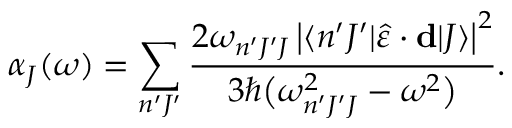
\alpha _ { J } ( \omega ) = \sum _ { n ^ { \prime } J ^ { \prime } } \frac { 2 \omega _ { n ^ { \prime } J ^ { \prime } J } \left| \langle n ^ { \prime } J ^ { \prime } | \hat { \varepsilon } \cdot \mathbf { d } | J \rangle \right| ^ { 2 } } { 3 \hbar \big ( \omega _ { n ^ { \prime } J ^ { \prime } J } ^ { 2 } - \omega ^ { 2 } \big ) } .